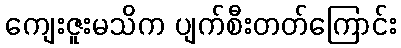
ကျေးဇူးမသိက ပျက်စီးတတ်ကြောင်း